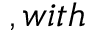
, w i t h